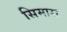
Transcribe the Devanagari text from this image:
सिमारा